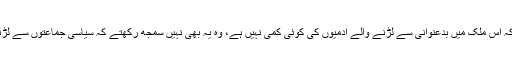
انا ہزارے یہ سمجھ نہیں سکے کہ اس ملک میں بدعنوانی سے لڑنے والے آدمیوں کی کوئی کمی نہیں ہے، وہ یہ بھی نہیں سمجھ رکھتے کہ سیاسی جماعتوں سے لڑنے کے لئے سیاست آنی چاہئے۔